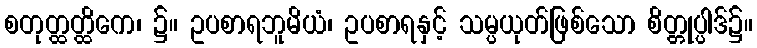
စတုတ္ထတ္ထိကေ၊ ၌။ ဥပစာရဘူမိယံ၊ ဥပစာရနှင့် သမ္ပယုတ်ဖြစ်သော စိတ္တုပ္ပါဒ်၌။